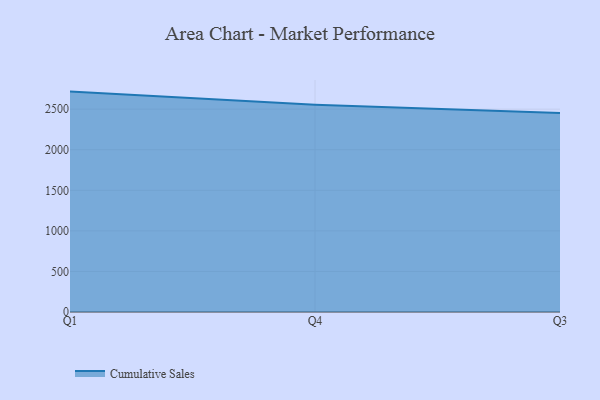
{"axis": {"x": "Quarter", "y": "Temperature (°C)"}, "legend": ["Cumulative Sales"], "data": [{"x": "Q1", "y": 2716.5, "type": "Cumulative Sales"}, {"x": "Q4", "y": 2554.3, "type": "Cumulative Sales"}, {"x": "Q3", "y": 2451.5, "type": "Cumulative Sales"}]}